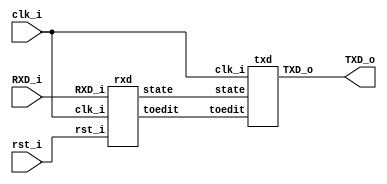
`timescale 1ns / 1ps
//////////////////////////////////////////////////////////////////////////////////
// Company: 
// Engineer: 
// 
// Design Name: 
// Module Name:    rs232 
// Project Name: 
// Target Devices: 
// Tool versions: 
// Description: 
//
// Dependencies: 
//
// Revision: 
// Revision 0.01 - File Created
// Additional Comments: 
//
//////////////////////////////////////////////////////////////////////////////////

//utworzenie makr okrelajcych aktualny stan transmisji
`define quiet 2'b00
`define start 2'b01
`define data 2'b10
`define stop 2'b11

module rs232(TXD_o, clk_i, rst_i, RXD_i);		//modu gwny
	 
	 output TXD_o;
	 input clk_i;
    input rst_i;
    input RXD_i;
   
	 wire [7:0] toedit;		//wektor sucy jako bufor dla ramki
	 wire [1:0] state;		//zmienna przechowujca stan 00-quiet, 01-start, 10-data, 11-stop
	 	 
	 rxd r(toedit, state, clk_i, rst_i, RXD_i);		//odbiornik
	 txd t(TXD_o, clk_i, state, toedit);				//nadajnik


endmodule


module rxd (toedit, state, clk_i, rst_i, RXD_i);		//modu odbiornika

output [7:0] toedit;					
output [1:0] state;
input clk_i, rst_i, RXD_i;
reg [1:0] state; 
reg [7:0] frame, toedit; 						//do wektora frame zbierany jest bajt danych
reg enable;											//flaga okreslajacy czy jaka dana jest przesyana
integer counter, little_counter;				//counter liczy cykle zegara aby probkowac go w odpowiednim momencie, little_counter liczy bity

initial					//inicjalizacja zmiennych
	begin
		toedit = 8'b11111111;
		state = `quiet;
		enable = 1'b0;
		frame = 8'b11111111;
		counter = 0;
		little_counter = 0;		
	end


always @(posedge clk_i or posedge rst_i )				//oczekawanie na zdarzenie, zegar lub reset
	begin
		if(rst_i)												//obsuga resetu
			begin
				frame = 8'b11111111;
				counter = 0;
				little_counter = 0;
				state = `quiet;
				enable = 1'b0;
			end
		else														//normalny tryb pracy
			begin
				if(enable == 1'b0)							//gdy stan bez transmisji
					begin
						if(RXD_i == 1'b1)						
							begin
								state = `quiet;				//stan bez transmisji
							end
						else
							begin
								state = `start;				//bit startu
								enable = 1'b1;					//rozpoczecie odbioru danych
							end
					end
				else
					begin
						counter = counter + 1;				//licznik rosnie z czestotliwoscia 50MHz
						if(state == `start && RXD_i == 1'b0 && counter == 2604)	//2604 czyli w polowie bitu probkujemy i sprawdzamy czy to bit startu
							begin
								state = `data;													//8 bitw danych
								counter = 0;
							end
						else if(state == `data && counter == 5208)					//prbkowanie z czestotliwoscia 9600
							begin
								if(little_counter != 8)										//zbieranie 8 bitw
									begin
										frame[little_counter] = RXD_i;
										little_counter = little_counter + 1;
									end
								else																//bit stopu
									begin
										little_counter = 0;
										state = `stop;
										toedit = frame + 8'h20;								//dodajemy h20 zgodnie z poleceniem i zapisujemy w buforze
									end
								counter = 0;
							end
						else if(state == `stop)												//w poowie bitu stopu przechodzimy w stan pasywny i jestesmy gotowi na kolejna ramke
							begin
								enable = 1'b0;
								counter = 0;
							end
					end
			end	
	end
endmodule


module txd(TXD_o, clk_i, state, toedit);											//modu nadajnika

output TXD_o;
input clk_i; 
input [1:0] state;
input [7:0] toedit;

integer counter, bitNr;																//counter podobnie jak w rxd, bitNr liczy bity tak jak little_counter
reg enable;																				//pozwolenie na aktywacje nadajnika
reg TXD_o;

initial																					//inicjalizacja zmiennych
	begin
		counter = 0;
		bitNr = 0;
		enable = 1'b0;
	end
	
always @(posedge clk_i)																//oczekiwanie na zdarzenie - narastajce zbocze zegara
	begin
		if(state == `stop)															//jeeli odbiornik odebra bit stopu mona aktywowa nadajnik
			begin
				enable = 1'b1;
			end
		if(enable == 1'b0)															//stan pasywny nadajnika
			begin
				TXD_o = 1'b1;
			end
		else if(enable == 1'b1)
			begin
				if(counter == 5208)													//nadawanie czestotliwosc 9600
					begin
						case (bitNr)
							0			:begin											//bit startu
											TXD_o = 1'b0;
											bitNr = bitNr + 1;
										end
							9			:begin											//bit stopu
											TXD_o = 1'b1;
											bitNr = 0;
											enable = 1'b0;
										end
							default	:begin											//ramka danych
											TXD_o = toedit[bitNr-1];				//wysyanie zawartoci bufora
											bitNr = bitNr + 1;
										end
						endcase
						counter = 0;
					end
				counter = counter + 1;
			end
	end
endmodule